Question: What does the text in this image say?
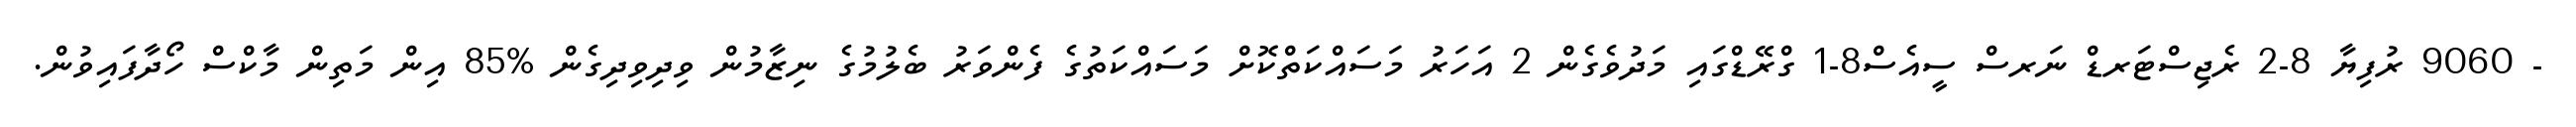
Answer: - 9060 ރުފިޔާ 8-2 ރެޖިސްޓަރޑް ނަރސް ސީއެސް8-1 ގްރޭޑްގައި މަދުވެގެން 2 އަހަރު މަސައްކަތްކޮށް މަސައްކަތުގެ ފެންވަރު ބެލުމުގެ ނިޒާމުން ވިދިވިދިގެން %85 އިން މަތިން މާކްސް ހޯދާފައިވުން.